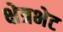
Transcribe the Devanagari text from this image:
क्षेत्रभेट